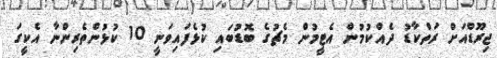
ޖިރޫޑްއަށް ރަތްކާޑު ދެއްކުމުން އެޓީމުން މެޗުގެ ބޮޑުބައި ކުޅެފައިވަނީ 10 ކުޅުންތެރިންނާ އެކީގަ